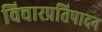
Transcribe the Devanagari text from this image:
विचारप्रतिपादन